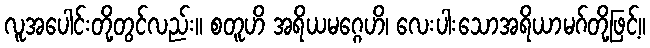
လူအပေါင်းတို့တွင်လည်း။ စတူဟိ အရိယမဂ္ဂေဟိ၊ လေးပါးသောအရိယာမဂ်တို့ဖြင့်။